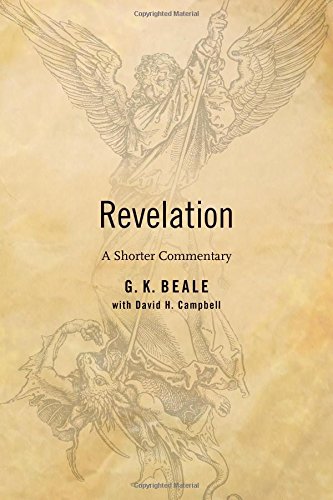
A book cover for Revelation: A Shorter Commentary; G. K. Beale; Christian Books & Bibles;